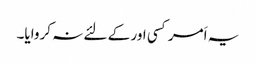
یہ اَمر کسی اور کے لئے نہ کروایا۔